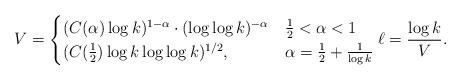
LaTeX: \begin{align*}V = \begin{cases}(C(\alpha) \log k)^{1 - \alpha} \cdot (\log\log k)^{-\alpha} & \tfrac 12 < \alpha < 1 \\(C(\tfrac 12) \log k \log\log k)^{1/2}, & \alpha = \tfrac 12 +\tfrac{1}{\log k}\end{cases} \ell = \frac{\log k}{V}.\end{align*}